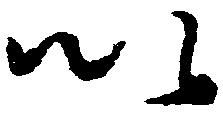
以